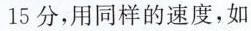
15分，用同样的速度，如